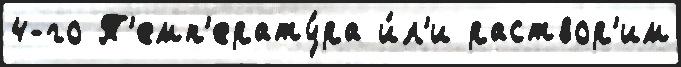
4-го Т'емп'ерату́ра и́л'и раствор'им